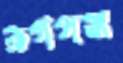
রূগপঞ্জ